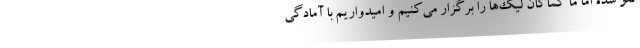
لغو شده اما ما کماکان لیگ‌ها را برگزار می‌کنیم و امیدواریم با آمادگی